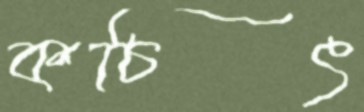
কচিৎ